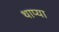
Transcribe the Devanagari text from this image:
थाप्या